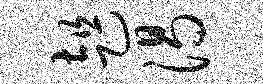
趄渴